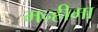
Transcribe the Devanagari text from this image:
मन्हीमा